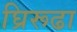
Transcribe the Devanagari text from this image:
घ्रिरूढा